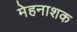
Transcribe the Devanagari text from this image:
मेहनाशक